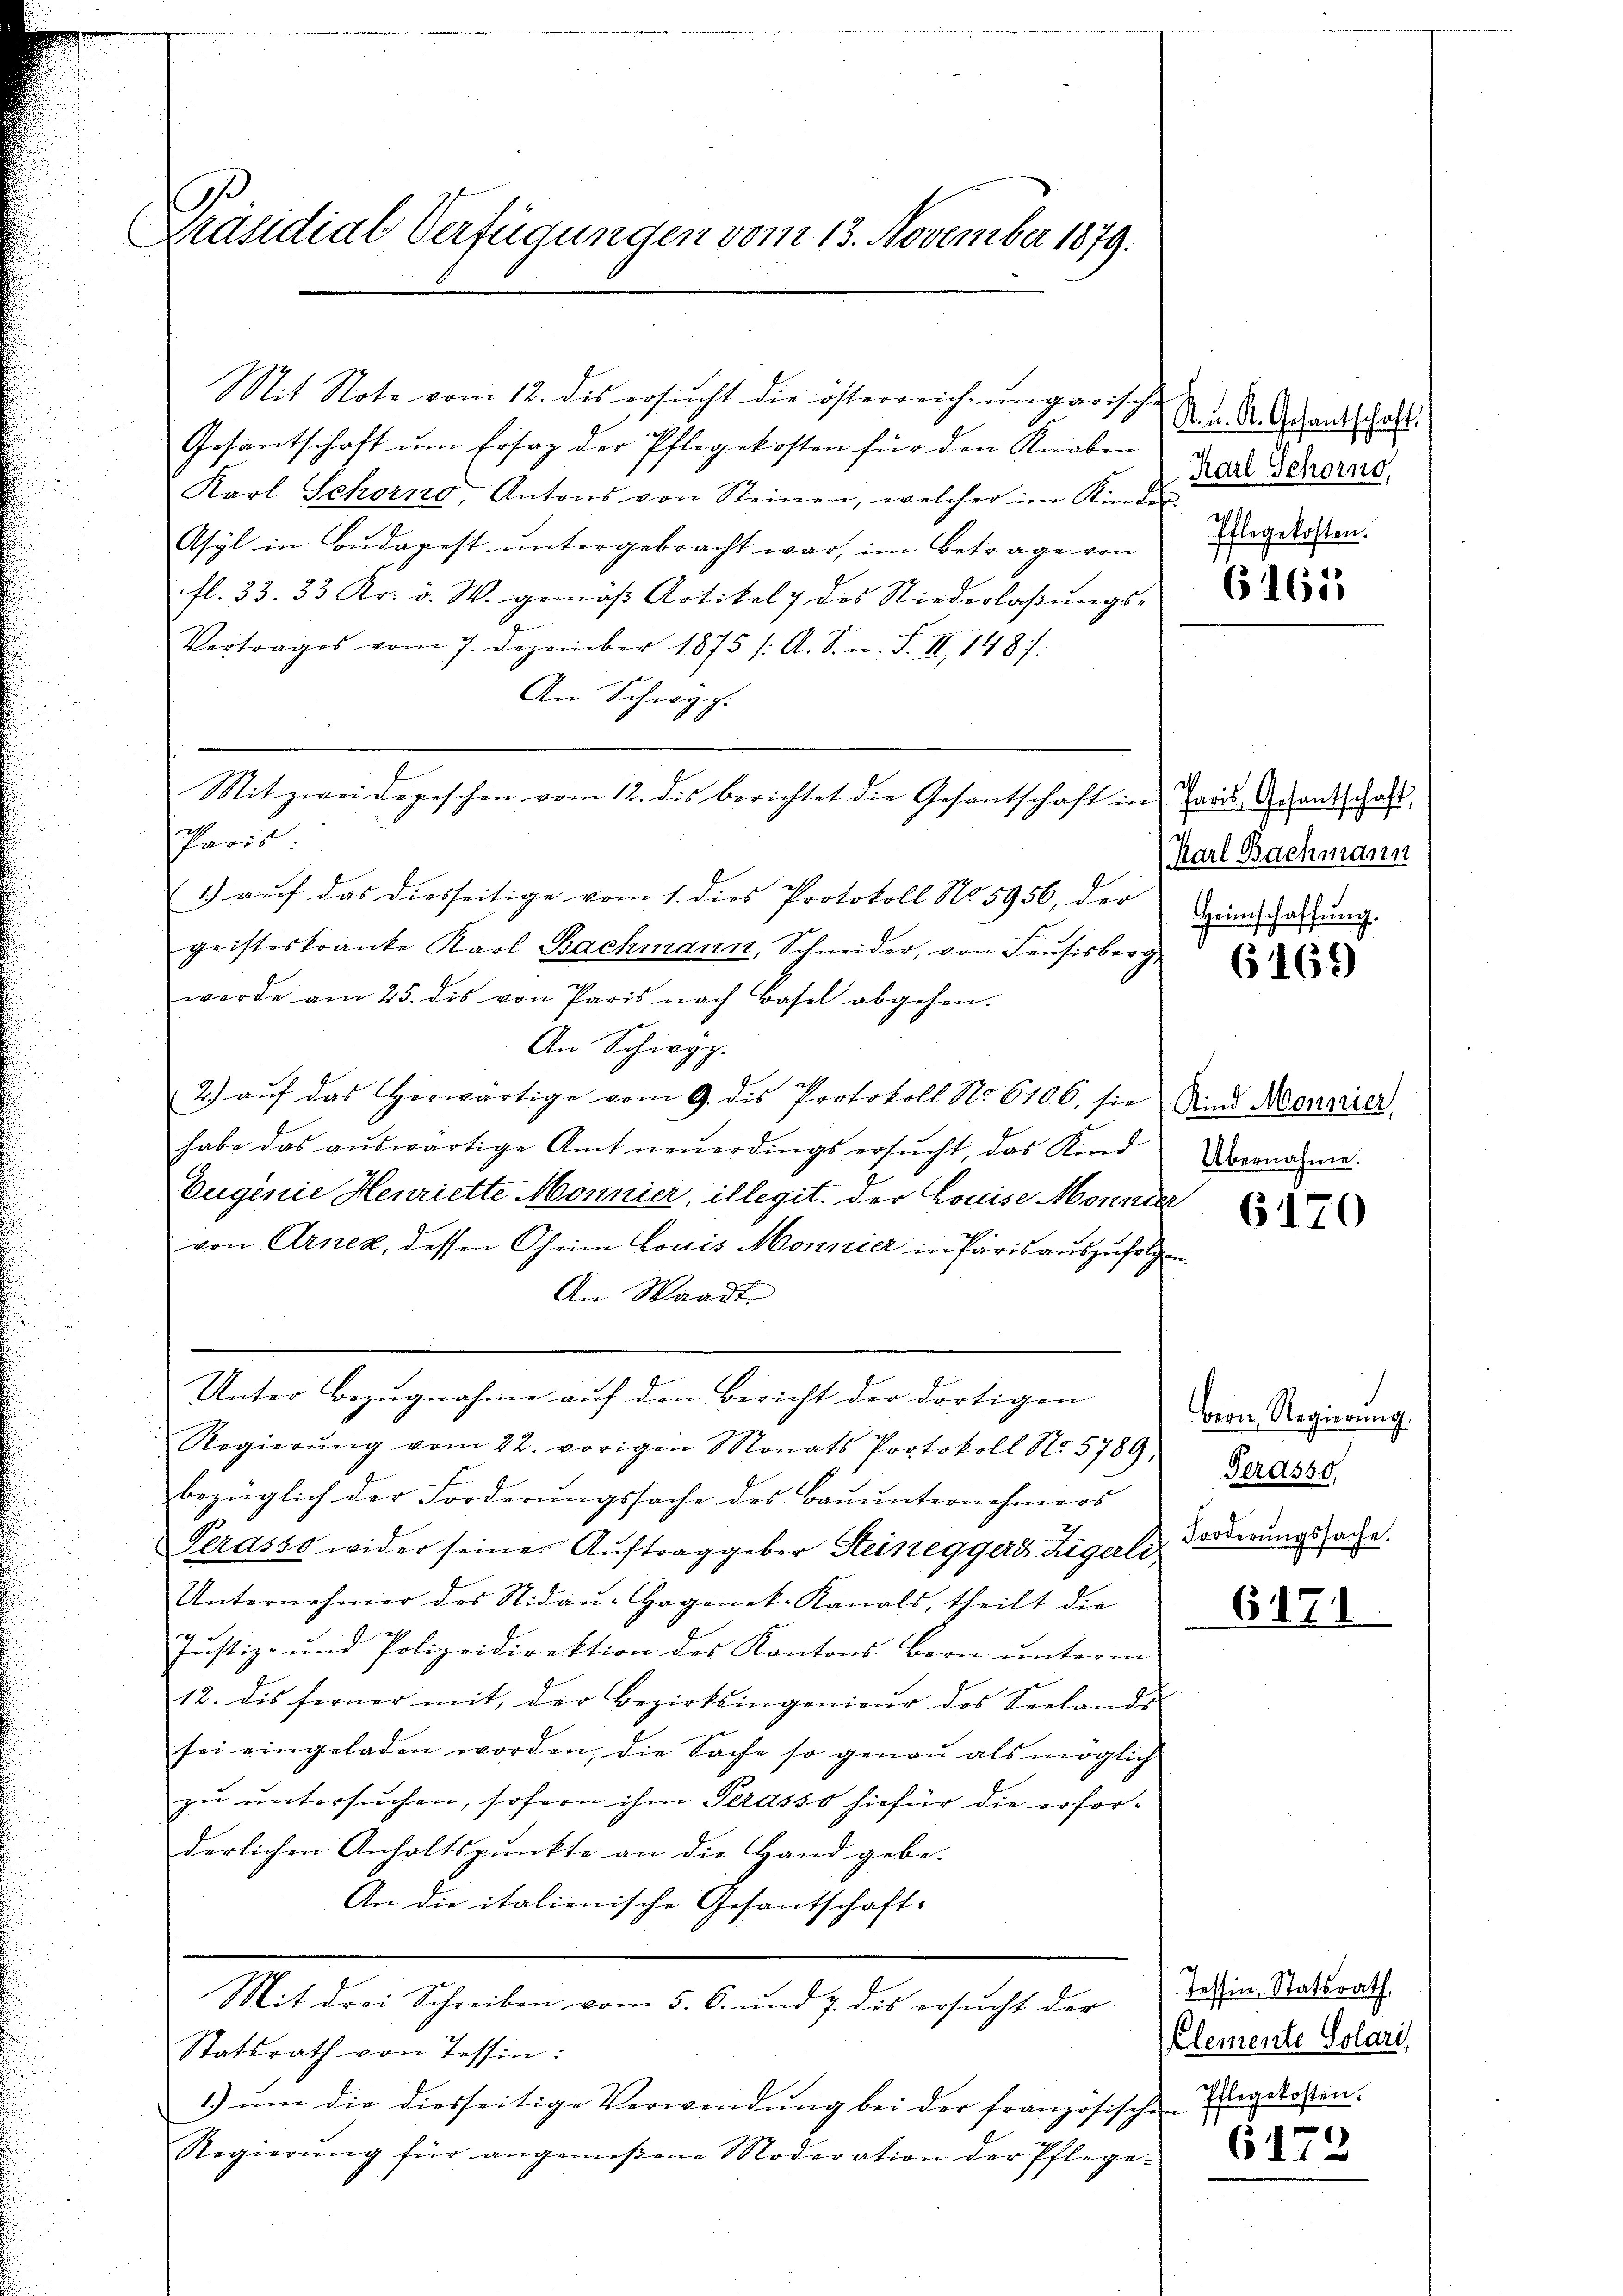
ß
Präsidial Verfügungen vom 13. November 1879.

Mit Note vom 12. dis ersŭcht die österreich ungarische
Gesantschaft um Ersaz der Pflegekosten für den Knaben
Karl Schorno, Antons von Steinen, welcher im Kinder-
Asyl in Budapest ŭntergebracht war, im Betrage von
fl. 33. 33 Kr. v. W. gemäß Artikel 7 des Niederlaßungs-
Vertrages vom 7. Dezember 1875 /: A. S. n. F. II, 148):
An Schwyz.
Mit zwei Depeschen vom 12. dis berichtet die Gesantschaft in Paris Schantschaft
Paris:
1) auf das diesseitige vom 1. dies Protokoll No 5956, der
geisteskranke Karl Bachmann, Schneider, von Feusisberg
werde am 25. dis von Paris nach Basel abgehen.
An Schwyz.
2.) aŭf das herwärtige vom 9. des Protokoll No 6106, sie And Monarrer
habe das aŭswärtige Amt neŭerdings ersŭcht, das Kind
Euginie Henriette Monnier, illegit. der Louise Monnter
von Arnes, dessen Oheim Louis Monnier in Paris auszufolgen
An Waadt
Unter Bezugnahme auf den Bericht der dortigen
Regierŭng vom 22. vorigen Monats Protokoll No. 5789,
bezüglich der Forderungssache des Bauunternehmers
Perasso wider seine Aŭftrag geber Steineggers Zigerli
Unternehmer des Nidaŭ-Hagenet. Kanals, theilt die

Justiz- und Polizeidirektion des Kantons Bern ŭnterm
12. dis ferner mit der Bezirksingenieŭr des Seelands
sei eingeladen worden, die Sache so genau als möglich
zŭ ŭntersŭchen, sofern ihm Perasso hiefür die erforderlichen Anhaltspunkte an die Hand gebe.
An die italionische Gesantschaft-
Mit drei Schreiben vom 5. 6. und 7. des ersŭcht der
Statsrath von Tessin:
1.) um die diesseitige Verwendŭng bei der französischen Engelosten.
Regierŭng für angemeßene Moderation der Pflege-

R. u. K. Gesantschaft.
Karl Schorno,
Pflegekosten.

6165

(Karl Bachmann
Heimschaffung.

6169)

Übernahme.

6170

Bern Regierung.
Terasso,
Forderŭngssache.

6171

Tessin, Statsrath,
Clemente Solari

6173